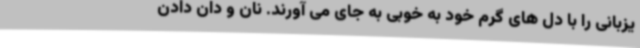
یزبانی را با دل های گرم خود به خوبی به جای می آورند. نان و دان دادن